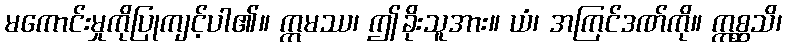
မကောင်းမှုကိုပြုကျင့်ပါ၏။ ဣမဿ၊ ဤခိုးသူအား။ ယံ၊ အကြင်ဒဏ်ကို။ ဣစ္ဆသိ၊